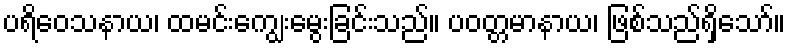
ပရိဝေသနာယ၊ ထမင်းကျွေးမွေးခြင်းသည်။ ပဝတ္တမာနာယ၊ ဖြစ်သည်ရှိသော်။